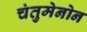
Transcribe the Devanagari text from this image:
चंतुमेनोन